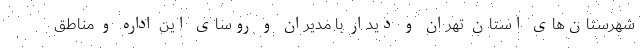
شهرستان‌های استان تهران و دیدار با مدیران و روسای این اداره و مناطق